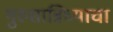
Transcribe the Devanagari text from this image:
गुरुसान्निध्याचा